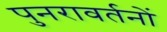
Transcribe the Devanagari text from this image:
पुनरावर्तनों